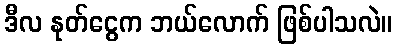
ဒီလ နုတ်ငွေက ဘယ်လောက် ဖြစ်ပါသလဲ။